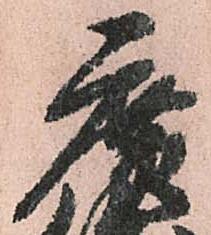
廣